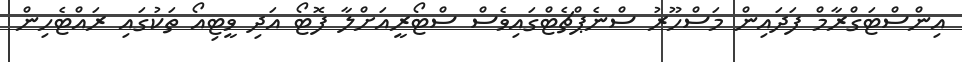
އިންސްޓަގްރާމް ފަދައިން މަސްހޫރު ސްނެޕްޗެޓްގައިވެސް ސްޓޯރީއަށްލާ ފޮޓޯ އަދި ވީޓިއޯ ތަކުގައި ރައްޓެހިން